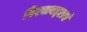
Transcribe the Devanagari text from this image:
विश्वाबद्दलचं